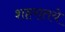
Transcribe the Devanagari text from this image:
शहरातये